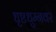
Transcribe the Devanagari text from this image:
धृष्टधुम्नवर